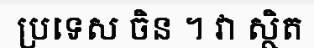
ប្រទេស ចិន ។ វា ស្ថិត